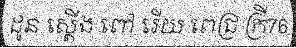
ដូន ស្តើង ពៅ រើយ ពេជ្រ ក្រី76